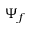
\Psi _ { f }